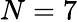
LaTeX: N=7